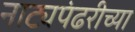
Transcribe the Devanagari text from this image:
नाट्यपंढरीच्या